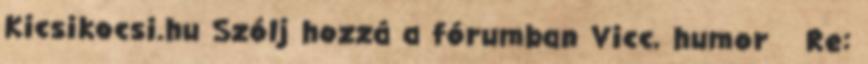
Kicsikocsi.hu Szólj hozzá a fórumban Vicc, humor Re: